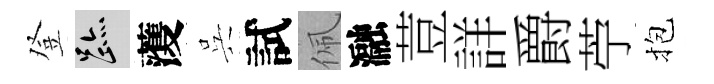
登迹𮑮呉試佩瀜荳詳爵苧抱